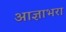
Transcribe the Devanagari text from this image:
आज्ञाभरा